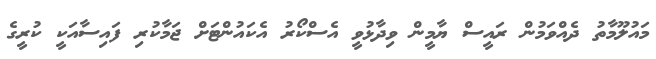
މައުލޫމާތު ދެއްވަމުން ރައީސް ޔާމީން ވިދާޅުވީ އެސްކޯރު އެކައުންޓަށް ޖަމާކުރި ފައިސާއަކީ ކުރީގެ